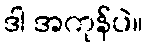
ဒါ အကုန်ပဲ။